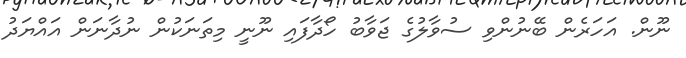
ނޫން. އަހަރެން ބޭނުންވި ސުވާލުގެ ޖަވާބު ހޯދާފައި ނޫނީ މިތަނަކުން ނުދާނަން އައްޔަދު